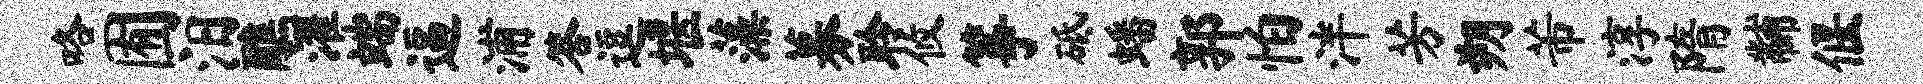
咯囿汨醮濯端逼浦答逗堰藻募聆攸筝砥蟠郭怕泮芳朔芾淳隋黼偃